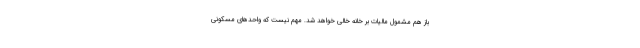
باز هم مشمول مالیات بر خانه خالی خواهد شد. مهم نیست که واحدهای مسکونی